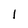
Character: l